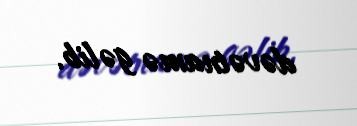
dəvətnamə gəlib.